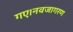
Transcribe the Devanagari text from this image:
गए।नवजागरण